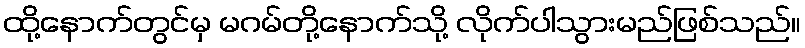
ထို့နောက်တွင်မှ မဂမ်တို့နောက်သို့ လိုက်ပါသွားမည်ဖြစ်သည်။